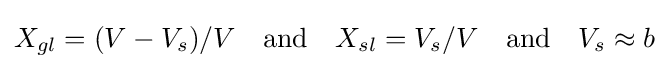
X_{gl}=(V-V_{s})/V\quad {\text{and}}\quad X_{sl}=V_{s}/V\quad {\text{and}}\quad V_{s}\approx b